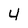
Character: 4